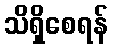
သိရှိစေရန်